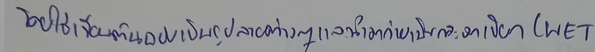
โดยใช้เขียนต้นฉบับเป็นลวดลายต่างๆและนำมาถ่ายเป็นกระจกเปียก(WET